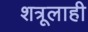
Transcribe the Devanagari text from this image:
शत्रूलाही